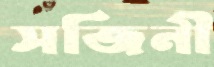
সজিনী